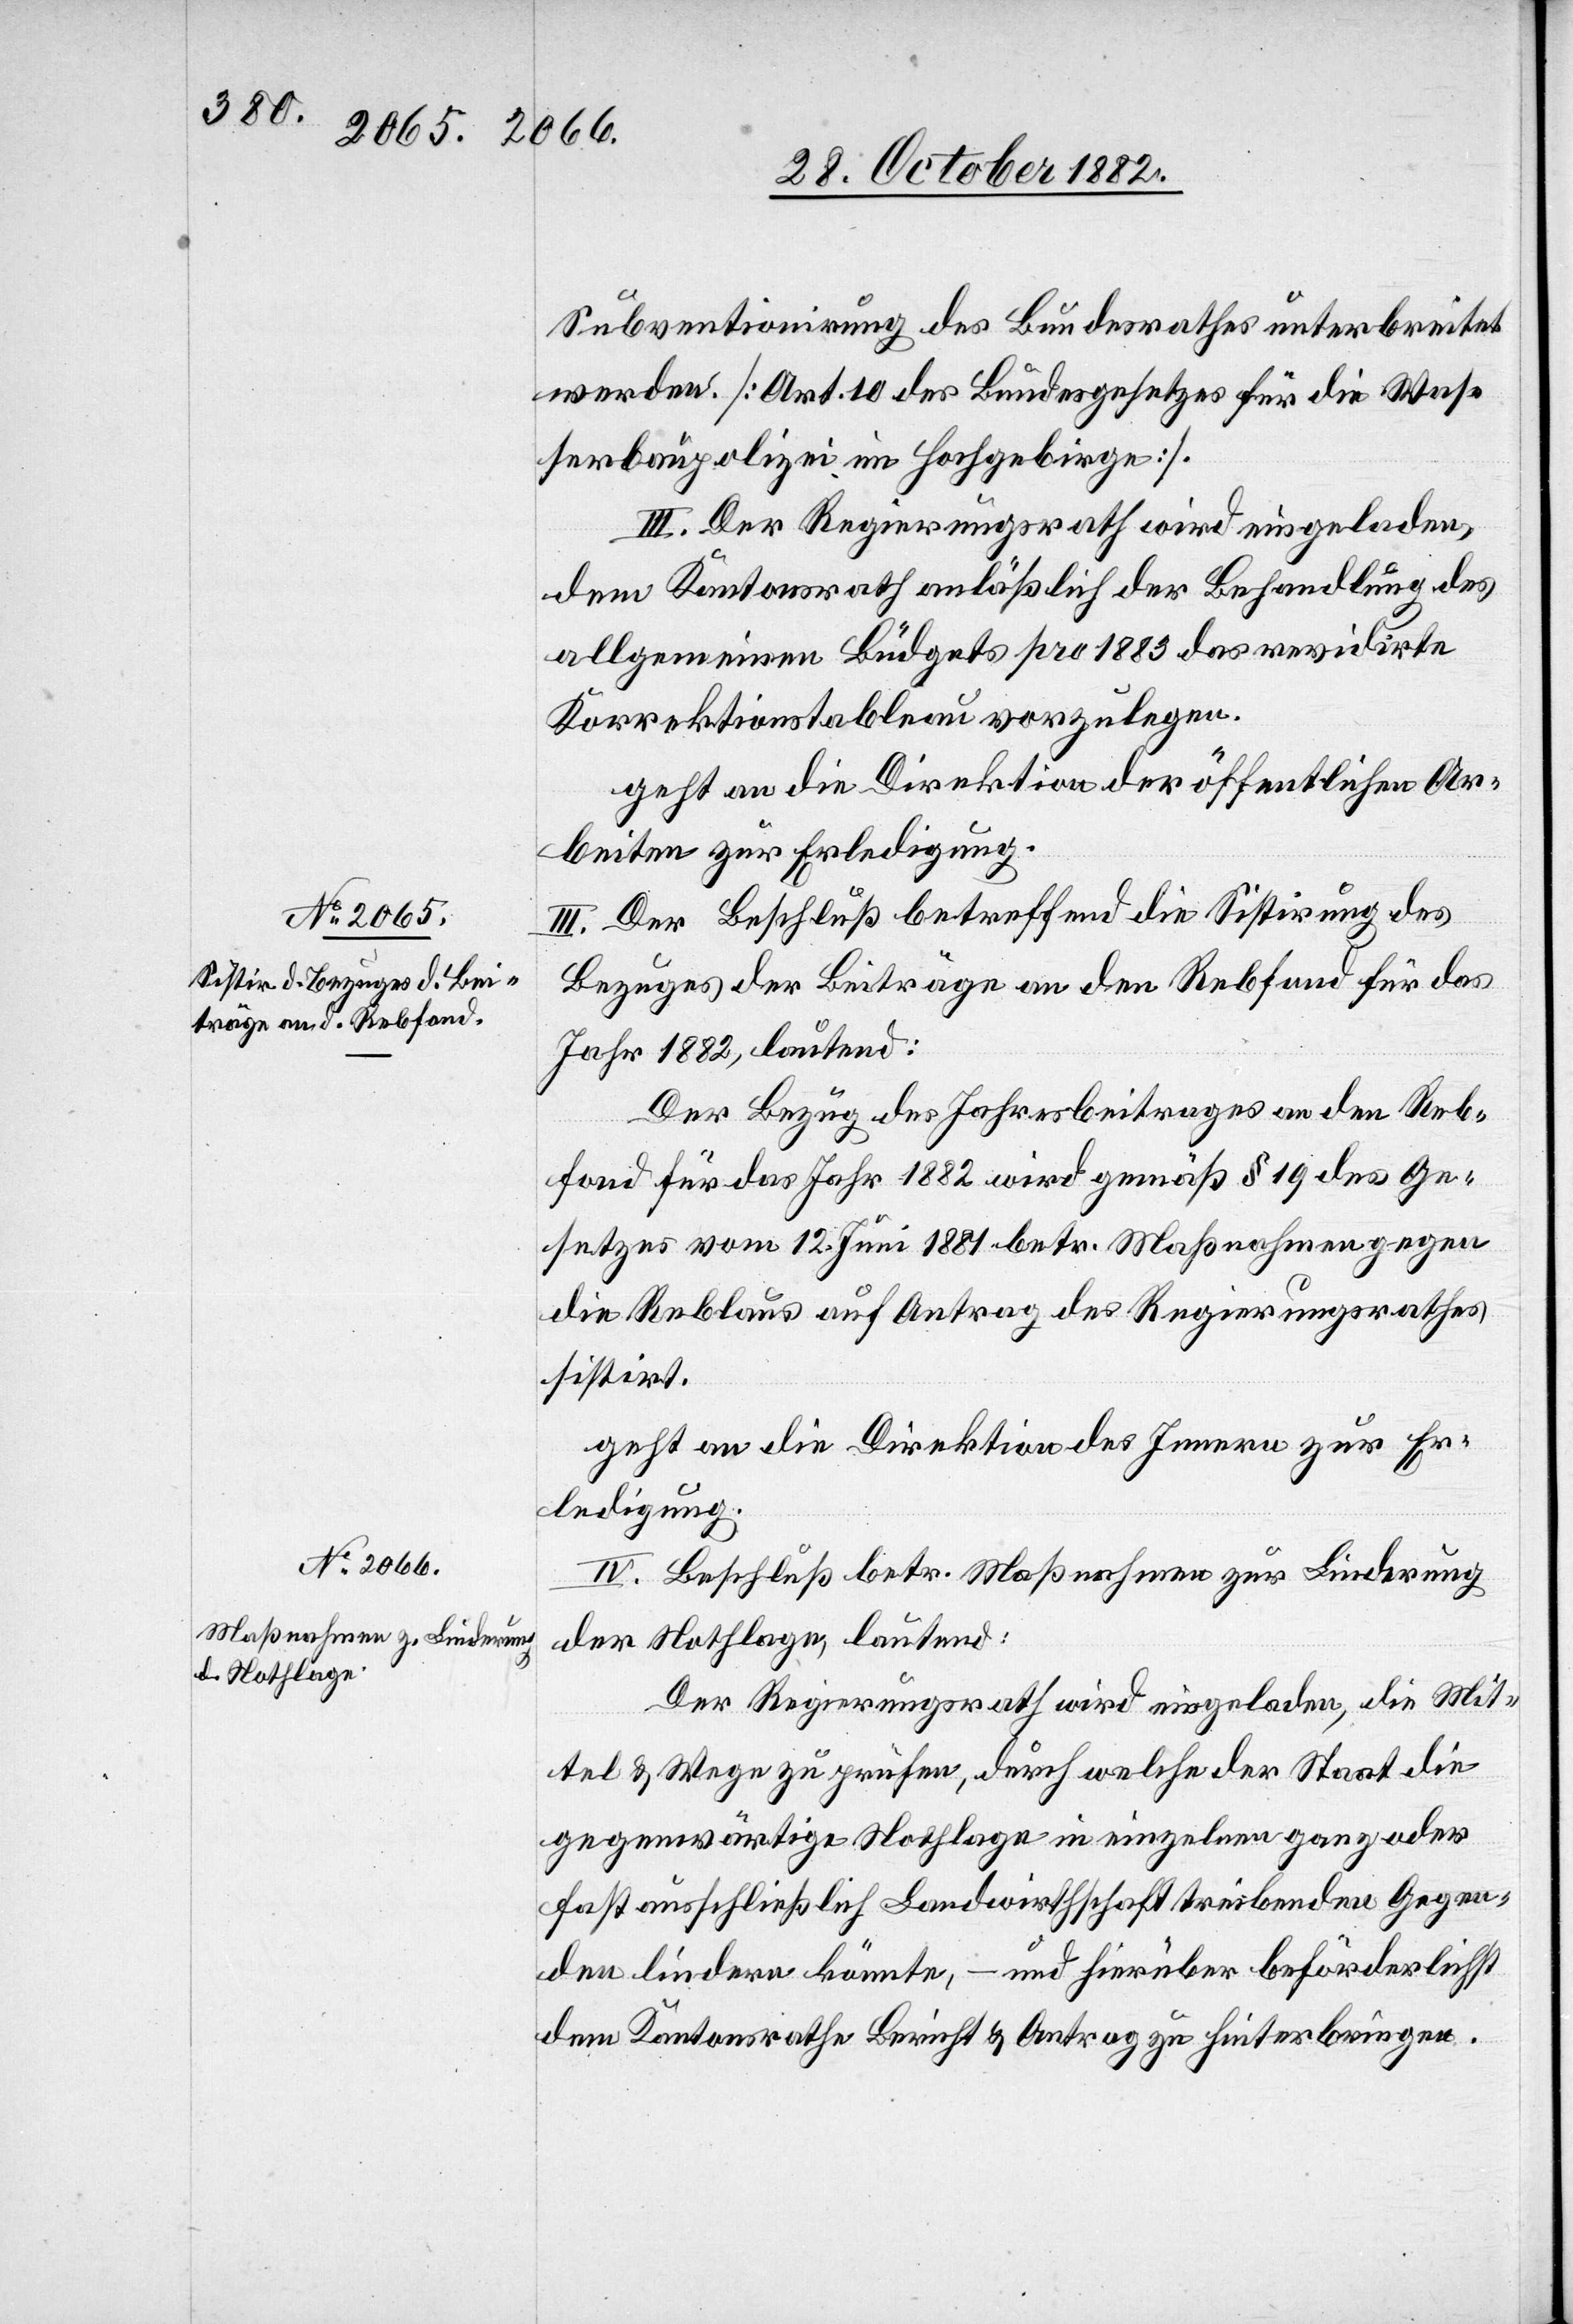
Subventionirung des Bundesrathes unterbreitet
werden. [Art. 10 des Bundesgesetzes für die Was¬
serbaupolizei im Hochgebirge].
III. Der Regierungsrath wird eingeladen,
dem Kantonsrath anläßlich der Behandlung des
allgemeinen Büdgets pro 1883 das revidirte
Korrektionstableau vorzulegen.
geht an die Direktion der öffentlichen Ar¬
beiten zur Erledigung.
III. Der Beschluß betreffend die Sistirung des
Bezuges der Beiträge an den Rebfond für das
Jahr 1882, lautend:
Der Bezug des Jahresbeitrages an den Reb¬
fond für das Jahr 1882 wird gemäß § 19 des Ge¬
setzes vom 12. Juni 1881 betr. Maßnahmen gegen
die Reblaus auf Antrag des Regierungsrathes
sistirt.
geht an die Direktion des Innern zur Er¬
ledigung.
IV. Beschluß betr. Maßnahmen zur Linderung
der Nothlage, lautend:
Der Regierungsrath wird eingeladen, die Mit¬
tel & Wege zu prüfen, durch welche der Staat die
gegenwärtige Nothlage in einzelnen ganz oder
fast ausschließlich Landwirthschaft treibenden Gegen¬
den lindern könnte, – und hierüber beförderlichst
dem Kantonsrath Bericht & Antrag zu hinterbringen.